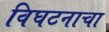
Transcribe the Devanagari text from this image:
विघटनाचा